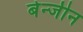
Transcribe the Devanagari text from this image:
बेन्जीन